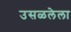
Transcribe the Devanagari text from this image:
उसळलेला